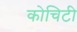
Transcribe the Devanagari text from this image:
कोचिटी